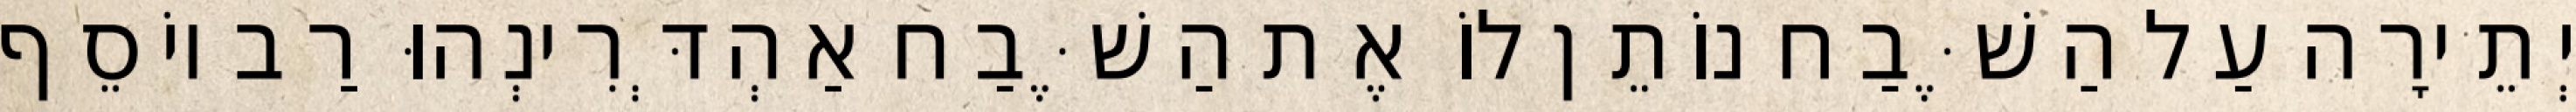
יְתֵירָה עַל הַשֶּׁבַח נוֹתֵן לוֹ אֶת הַשֶּׁבַח אַהְדְּרִינְהוּ רַב יוֹסֵף